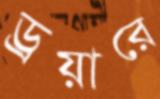
ড্রয়ারে